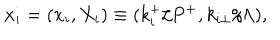
LaTeX: { \bf x } _ { i } = ( x _ { i } , X _ { i } ) \equiv ( k _ { i } ^ { + } / P ^ { + } , k _ { i \perp } / \Lambda ) ,